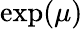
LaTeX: \exp(\mu)